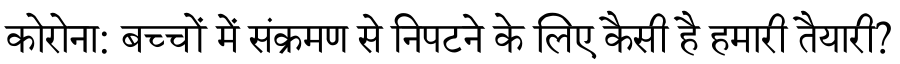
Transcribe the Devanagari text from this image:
कोरोना: बच्चों में संक्रमण से निपटने के लिए कैसी है हमारी तैयारी?